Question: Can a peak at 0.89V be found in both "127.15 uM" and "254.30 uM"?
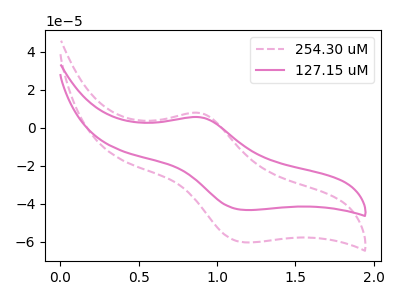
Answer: <think>The pink dashed curve "254.30 uM" has an anodic peak at (0.90V, 7.90uA) and a cathodic peak at (1.20V, -60.20uA). The pink curve "127.15 uM" has an anodic peak at (0.90V, 5.65uA) and a cathodic peak at (1.20V, -43.15uA).</think>
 <answer>Yes, "127.15 uM" and "254.30 uM" share a peak at 0.89V.</answer>
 <eval>match</eval>